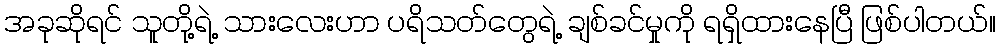
အခုဆိုရင် သူတို့ရဲ့ သားလေးဟာ ပရိသတ်တွေရဲ့ ချစ်ခင်မှုကို ရရှိထားနေပြီ ဖြစ်ပါတယ်။